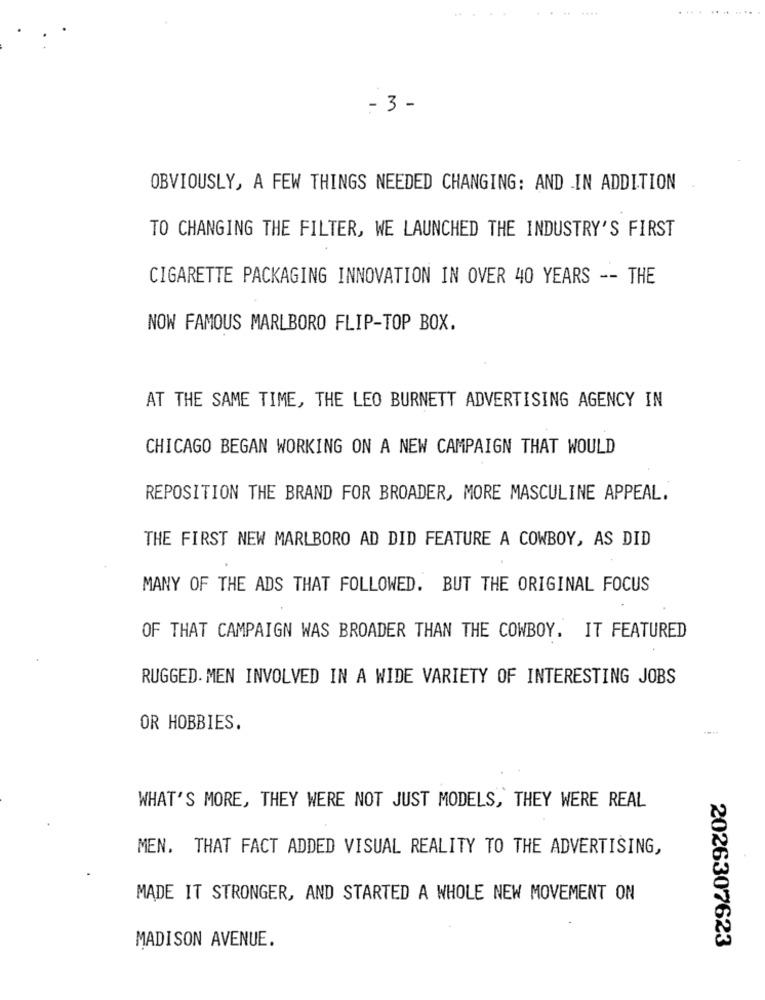
- 3 -
OBVIOUSLY, A FEW THINGS NEEDED CHANGING: AND .IN ADDITION
TO CHANGING THE FILTER, WE LAUNCHED THE INDUSTRY'S FIRST
CIGARETTE PACKAGING INNOVATION IN OVER 40 YEARS -- THE
NOW FAMOUS MARLBORO FLIP-TOP BOX.
AT THE SAME TIME, THE LEO BURNETT ADVERTISING AGENCY IN
CHICAGO BEGAN WORKING ON A NEW CAMPAIGN THAT WOULD
REPOSITION THE BRAND FOR BROADER, MORE MASCULINE APPEAL.
THE FIRST NEW MARLBORO AD DID FEATURE A COWBOY, AS DID
MANY OF THE ADS THAT FOLLOWED. BUT THE ORIGINAL FOCUS
OF THAT CAMPAIGN WAS BROADER THAN THE COWBOY. IT FEATURED
RUGGED. MEN INVOLVED IN A WIDE VARIETY OF INTERESTING JOBS
OR HOBBIES.
WHAT'S MORE, THEY WERE NOT JUST MODELS, THEY WERE REAL
MEN. THAT FACT ADDED VISUAL REALITY TO THE ADVERTISING,
MADE IT STRONGER, AND STARTED A WHOLE NEW MOVEMENT ON
MADISON AVENUE.
2026307623